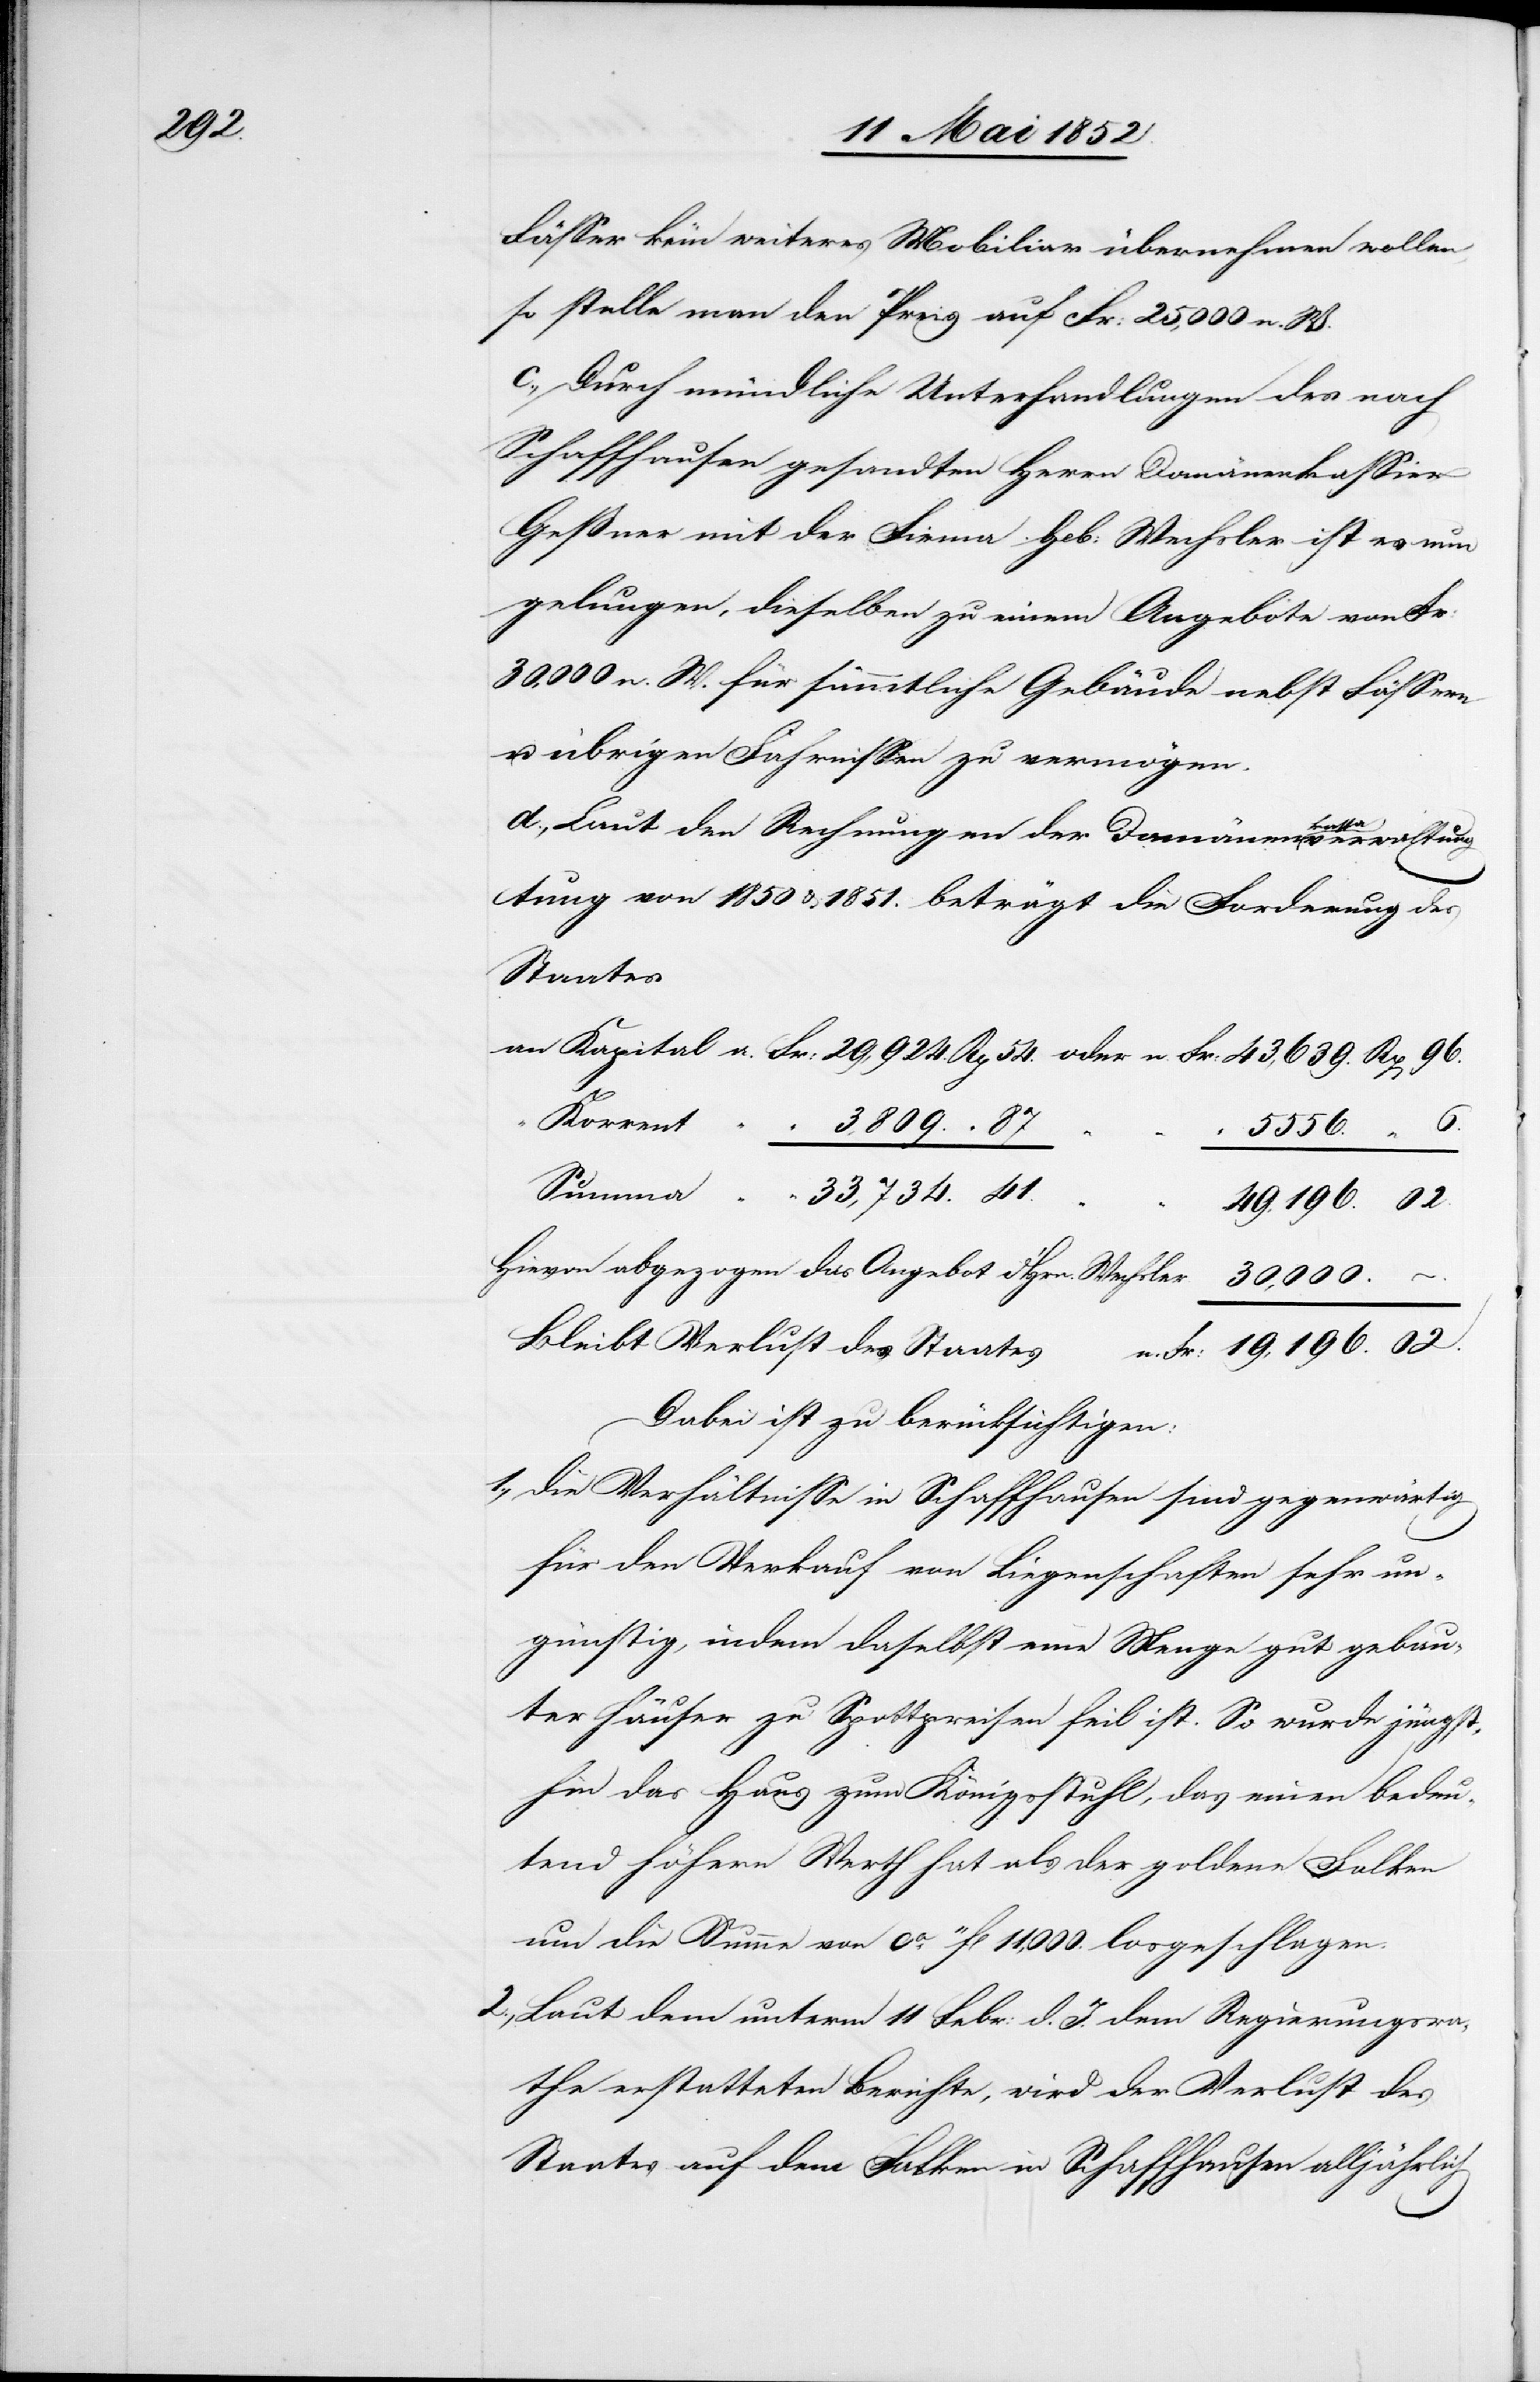
02.

Fässer kein weiteres Mobiliar übernehmen wollen,
so stelle man den Preis auf Fr: 25,000 n. W.
c., Durch mündliche Unterhandlungen des nach
Schaffhausen gesandten Herrn Domänenkassier
Gessner mit der Firma Geb: Wechsler ist es nun
gelungen, dieselben zu einem Angebote von Fr:
30,000 n. W. für sämmtliche Gebäude nebst Fässern
u. übrigen Fahrnissen zu vermögen.
d., Laut den Rechnungen der Domänenkassaverwaltung
an
[sic!] von 1850 & 1851. beträgt die Forderung des
Staates
Korrent
“ 3,809. “ 87
Summa
33,734. [“]
49,196. [“]
Hievon abgezogen das Angebot d. Hrn. Wechsler
n.
30,000.
Bleibt Verlust des Staates
n. Fr: 19,196. [“]
Dabei ist zu berücksichtigen:
die Verhältnisse in Schaffhausen sind gegenwärtig
für den Verkauf von Liegenschaften sehr un¬
günstig, indem daselbst eine Menge gut gebau¬
ter Häuser zu Spottpreisen feil ist. So wurde jüngst¬
hin das Haus zum Königsstuhl, das einen bedeu¬
tend höhern Werth hat als der goldene Falken
um die Summe von ca. 11fl 11,000. losgeschlagen.
Laut dem unterm 11 Febr: d. J. dem Regierungsra¬
the erstatteten Berichte, wird der Verlust des
Staates auf dem Falken in Schaffhausen alljährlich